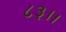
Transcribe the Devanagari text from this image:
८३।।